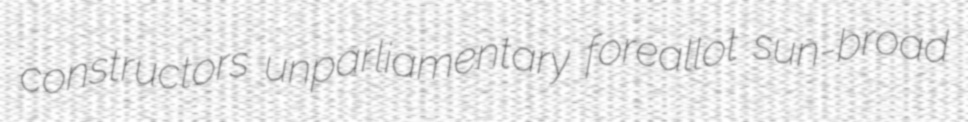
constructors unparliamentary foreallot sun-broad